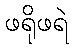
ဖရိုဖရဲ